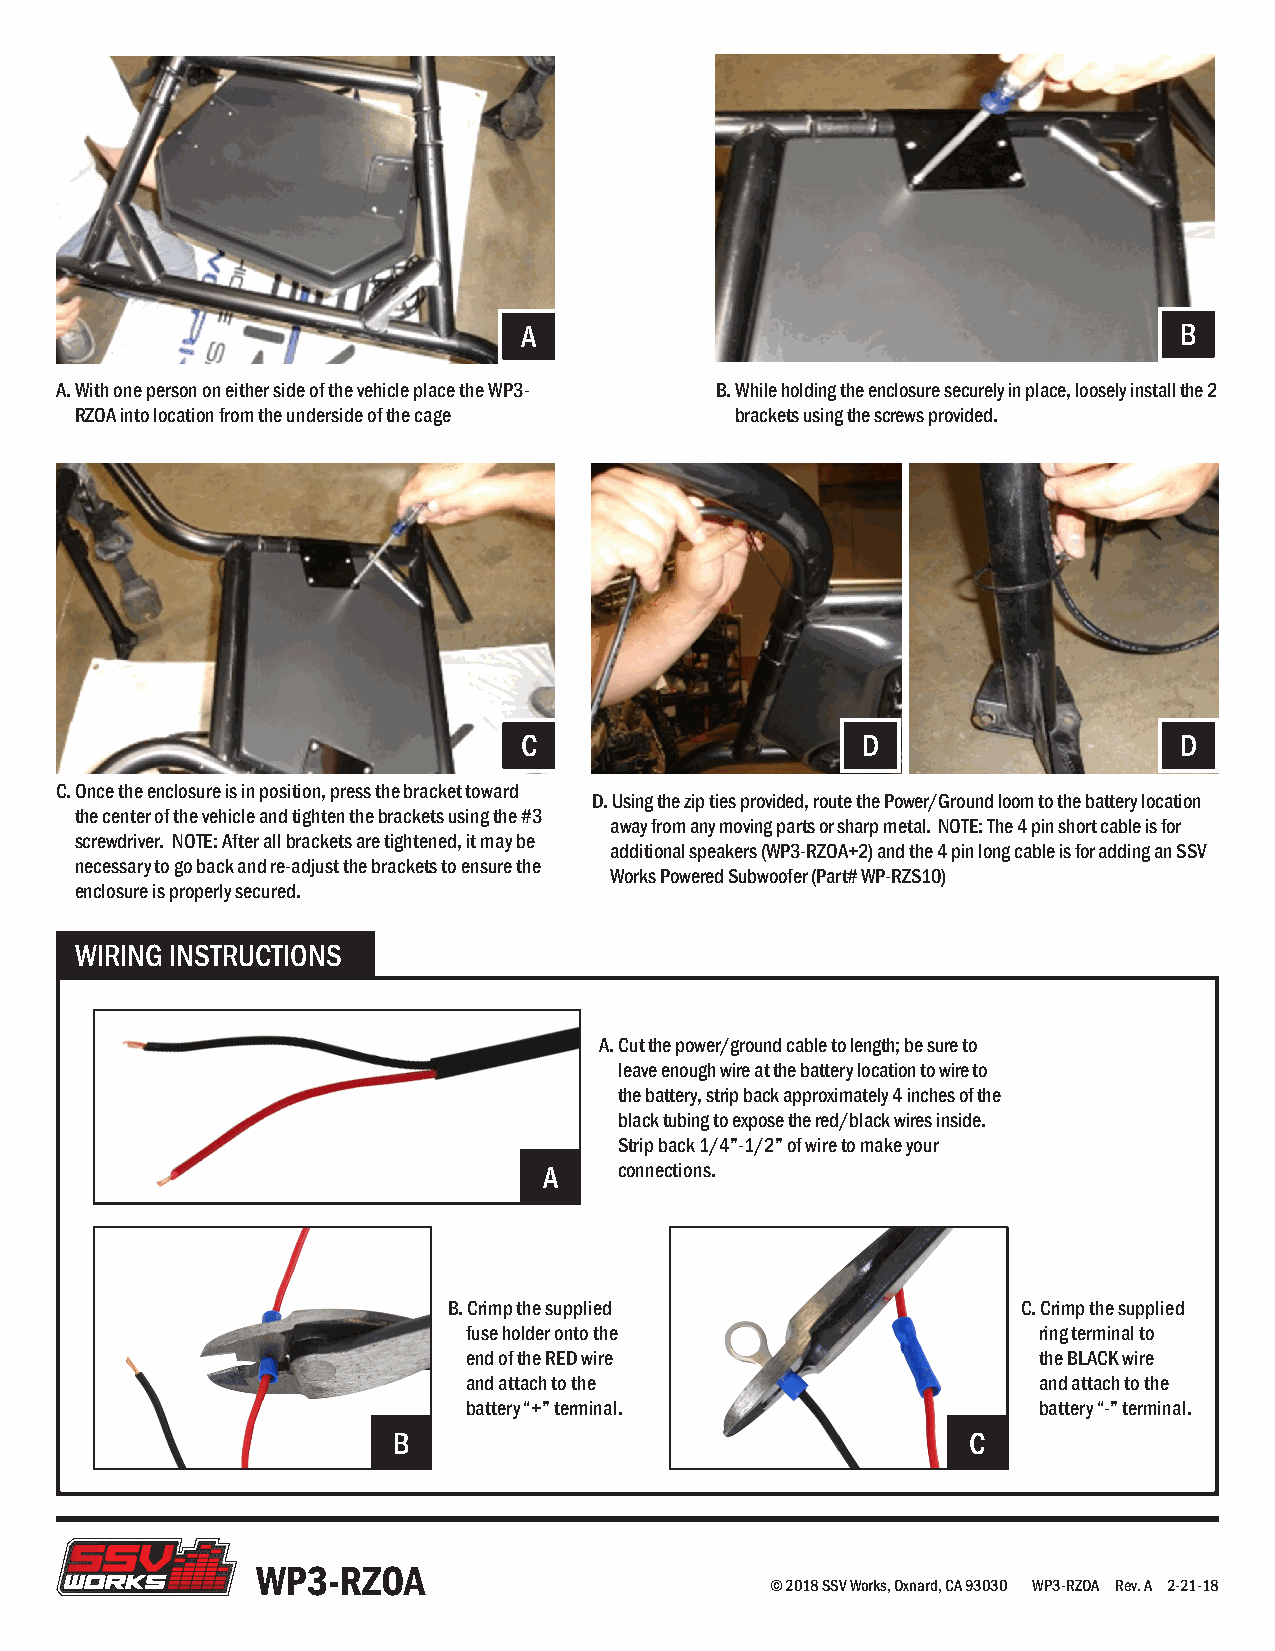
A                                           B
 A. With one person on either side of the vehicle place the WP3- B. While holding the enclosure securely in place, loosely install the 2
 RZOA into location from the underside of the cage brackets using the screws provided.
 C                      D                    D
 C. Once the enclosure is in position, press the bracket toward
 D. Using the zip ties provided, route the Power/Ground loom to the battery location
 the center of the vehicle and tighten the brackets using the #3
 away from any moving parts or sharp metal. NOTE: The 4 pin short cable is for
 screwdriver. NOTE: After all brackets are tightened, it may be
 additional speakers (WP3-RZOA+2) and the 4 pin long cable is for adding an SSV
 necessary to go back and re-adjust the brackets to ensure the
 Works Powered Subwoofer (Part# WP-RZS10)
 enclosure is properly secured.
 WIRING INSTRUCTIONS
 A. Cut the power/ground cable to length; be sure to
 leave enough wire at the battery location to wire to
 the battery, strip back approximately 4 inches of the
 black tubing to expose the red/black wires inside.
 Strip back 1/4”-1/2” of wire to make your
 A    connections.
 B. Crimp the supplied                 C. Crimp the supplied
 fuse holder onto the                  ring terminal to
 end of the RED wire                   the BLACK wire
 and attach to the                     and attach to the
 battery “+” terminal.                 battery “-” terminal.
 B                                     C
 WP3-RZOA
 © 2018 SSV Works, Oxnard, CA 93030 WP3-RZOA Rev. A 2-21-18